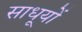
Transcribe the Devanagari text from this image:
साधूयों